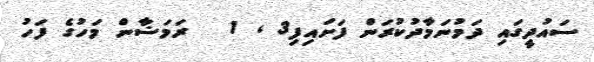
ސައުދީގައި ދަމުނަމާދުކުރަން ފަށައިފި3